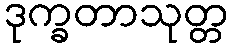
ဒုက္ခတာသုတ္တ